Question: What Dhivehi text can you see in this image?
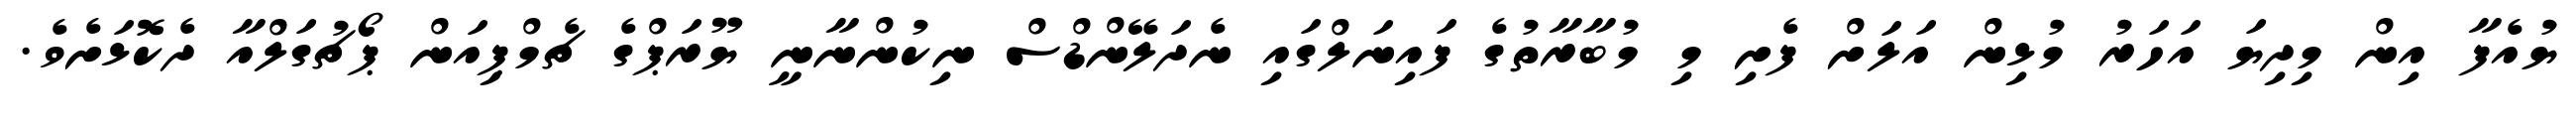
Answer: ޔުއެފާ އިން މިދިޔަ އަހަރު މުޅިން އަލަށް ފެށި މި މުބާރާތުގެ ފައިނަލްގައި ނެދަލޭންޑްސް ނިކުންނާނީ ޔޫރަޕްގެ ޗެމްޕިއަން ޕޯޗުގަލްއާ ދެކޮޅަށެވެ.